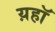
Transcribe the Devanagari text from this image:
य़हॉ